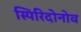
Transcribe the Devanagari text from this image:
स्पिरिदोनोव